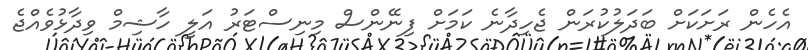
އެހެން ރަށަކަށް ބަދަލުކުރަން ޖެހިދާނެ ކަމަށް ފިނޭންސް މިނިސްޓަރު އަލީ ހާޝިމް ވިދާޅުވެއްޖެ